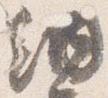
納